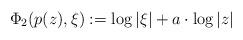
LaTeX: \begin{align*}\Phi_2(p(z), \xi) := \log|\xi|+a\cdot \log|z|\end{align*}